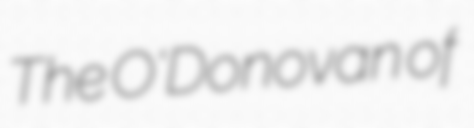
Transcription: The O'Donovan of